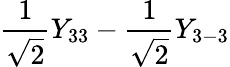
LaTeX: \frac{1}{\sqrt{2}}Y_{33}-\frac{1}{\sqrt{2}}Y_{3-3}